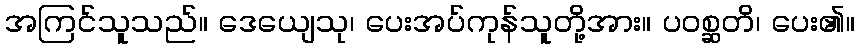
အကြင်သူသည်။ ဒေယျေသု၊ ပေးအပ်ကုန်သူတို့အား။ ပဝစ္ဆတိ၊ ပေး၏။